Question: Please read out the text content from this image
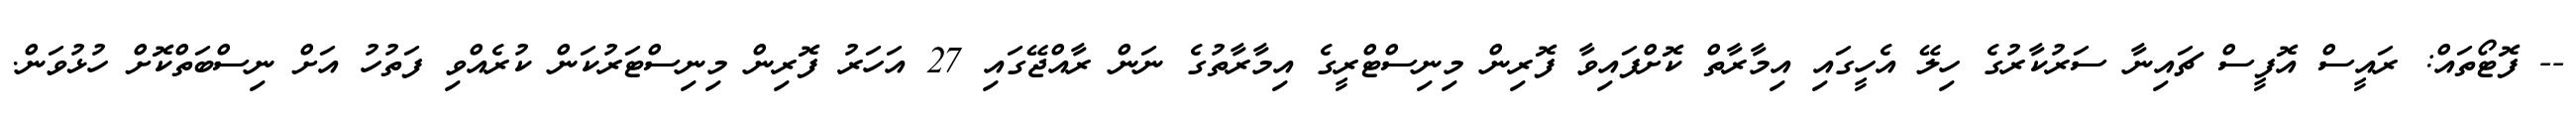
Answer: -- ފޮޓޯތައް: ރައީސް އޮފީސް ޗައިނާ ސަރުކާރުގެ ހިލޭ އެހީގައި އިމާރާތް ކޮށްފައިވާ ފޮރިން މިނިސްޓްރީގެ އިމާރާތުގެ ނަން ރާއްޖޭގައި 27 އަހަރު ފޮރިން މިނިސްޓަރުކަން ކުރެއްވި ފަތުހު އަށް ނިސްބަތްކޮށް ހުޅުވަން.